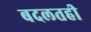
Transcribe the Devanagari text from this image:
बदलतही